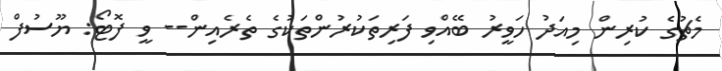
މެޗުގެ ކުރިން މިއަދު ހަވީރު ބޭއްވި ފަރިތަކުރުންތަކުގެ ތެރެއިން-- ވީ ފޮޓޯ: ޔޫސުފް